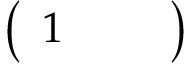
\left( \begin{array} { l l l } { 1 } & { } & { } \end{array} \right)